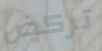
تركض